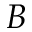
B